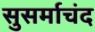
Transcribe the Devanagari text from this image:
सुसर्माचंद